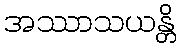
အဿာသယန္တိ